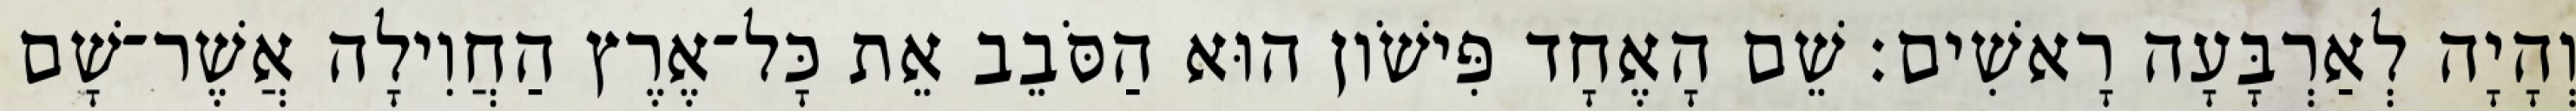
וְהָיָה לְאַרְבָּעָה רָאשִׁים׃ שֵׁם הָאֶחָד פִּישֹׁון הוּא הַסֹּבֵב אֵת כָּל־אֶרֶץ הַחֲוִילָה אֲשֶׁר־שָׁם